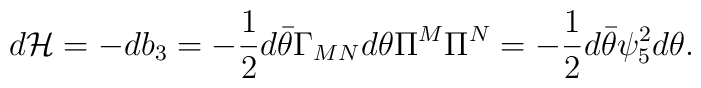
d {\cal H} = - db_3 = -{1\over 2}d \bar\theta \Gamma_{MN} d\theta \Pi^M \Pi^N =-{1\over 2} d\bar\theta \psi_5^2 d\theta.